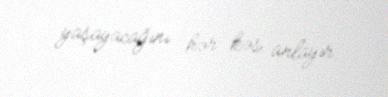
yaşayacağını hər kəs anlayır.